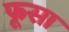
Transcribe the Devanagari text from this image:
फूसा